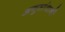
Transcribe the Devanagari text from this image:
अनुसांधानों